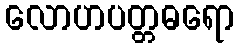
လောဟပတ္တဓရော